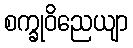
စက္ခုဝိညေယျာ